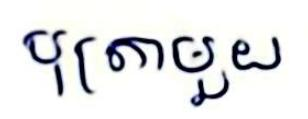
បុត្រាមួយ